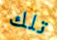
تلك